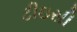
ટીઇસી